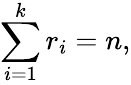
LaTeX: \sum_{i=1}^{k}r_{i}=n,